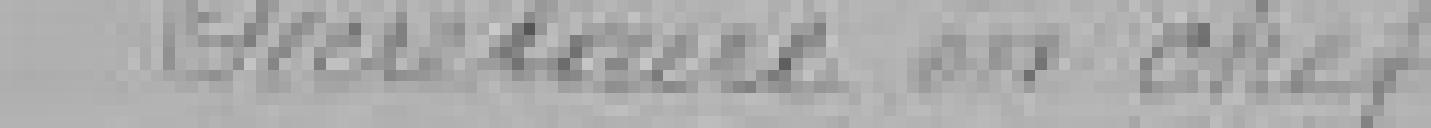
Secrétaire en chef